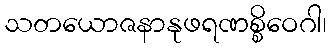
သတယောဇနာနုဖရဏစ္စိဝေဂါ၊